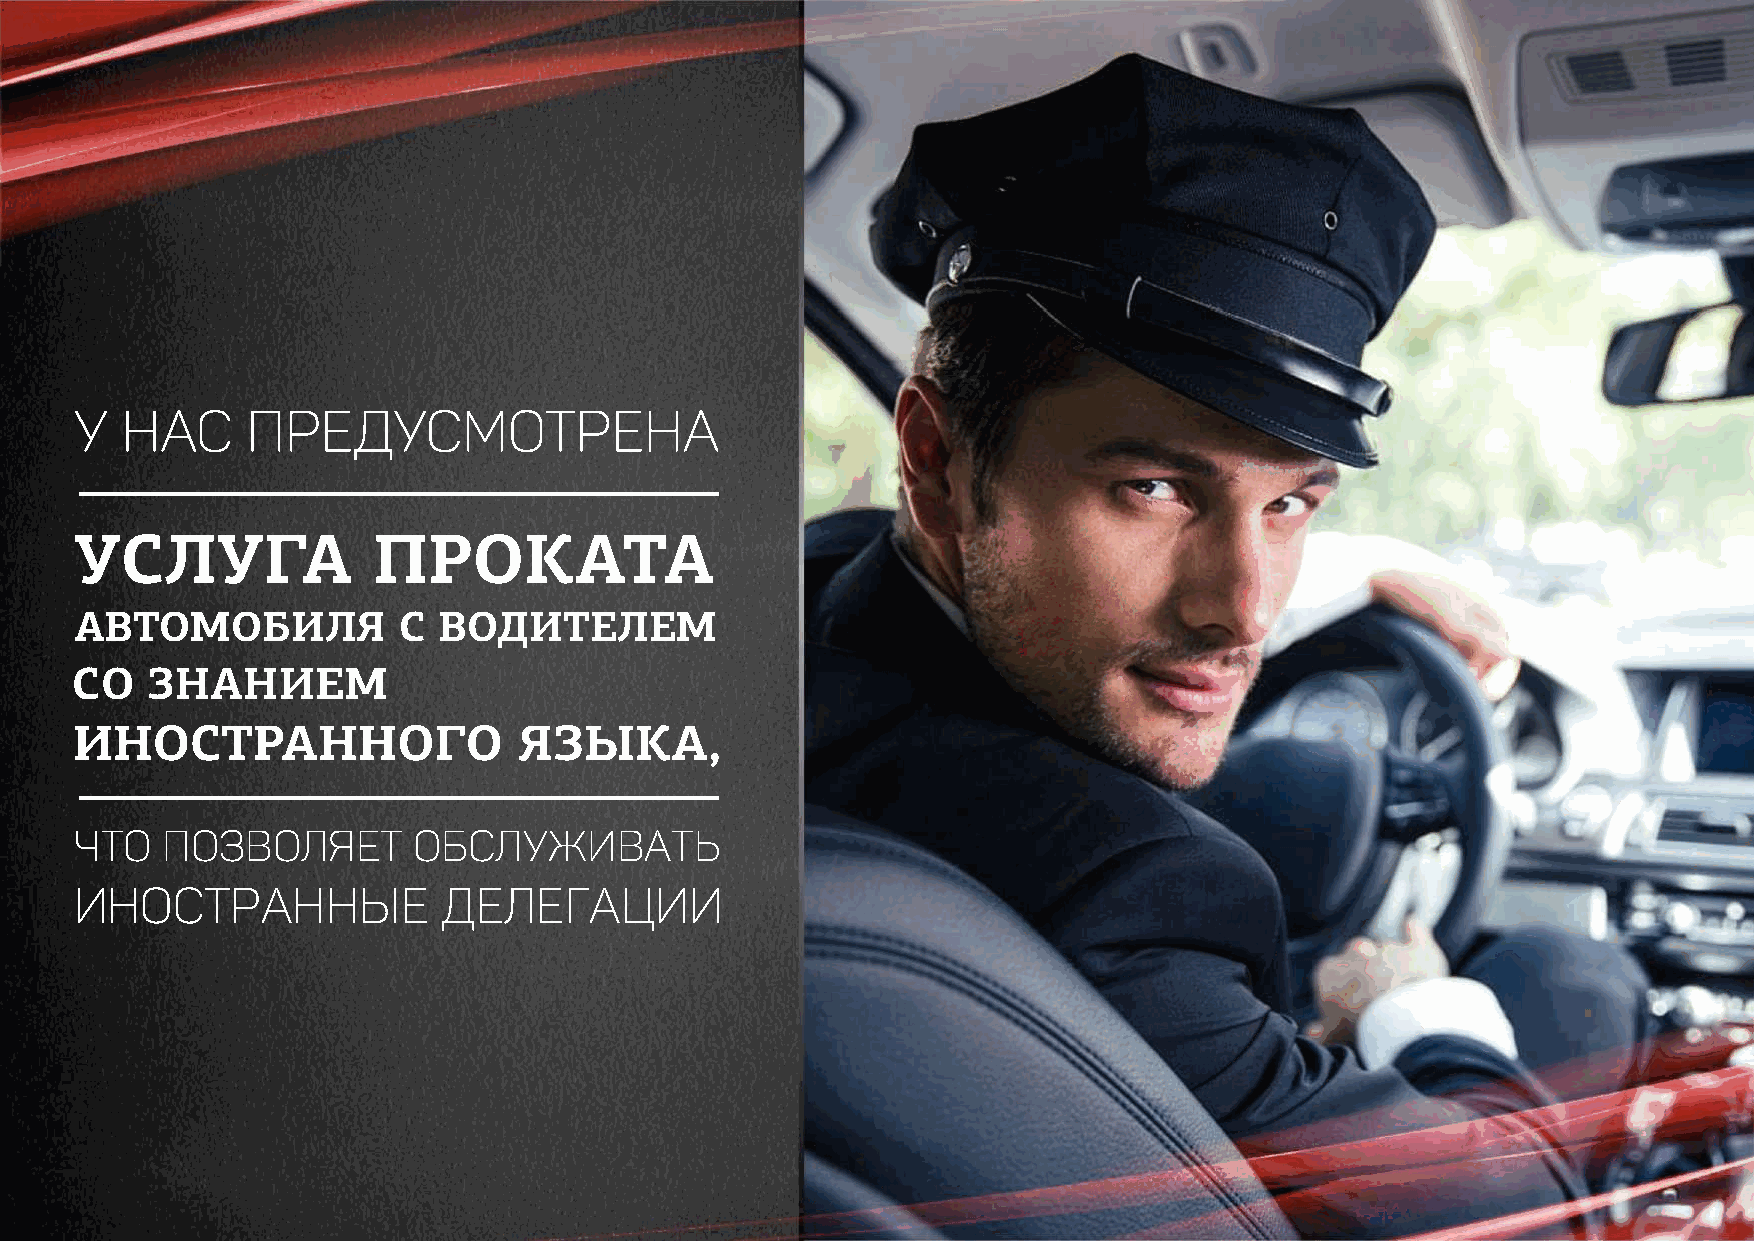
У  нас     предусмотрена
 УСЛУГА              ПРОКАТА
 АВТОМОБИЛЯ           С  ВОДИТЕЛЕМ
 СО   ЗНАНИЕМ
 ИНОСТРАННОГО                 ЯЗЫКА,
 что   позволяет       обслуживать
 иностранные             делегации